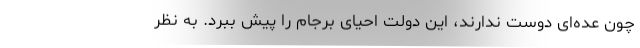
چون عده‌ای دوست ندارند، این دولت احیای برجام را پیش ببرد. به نظر